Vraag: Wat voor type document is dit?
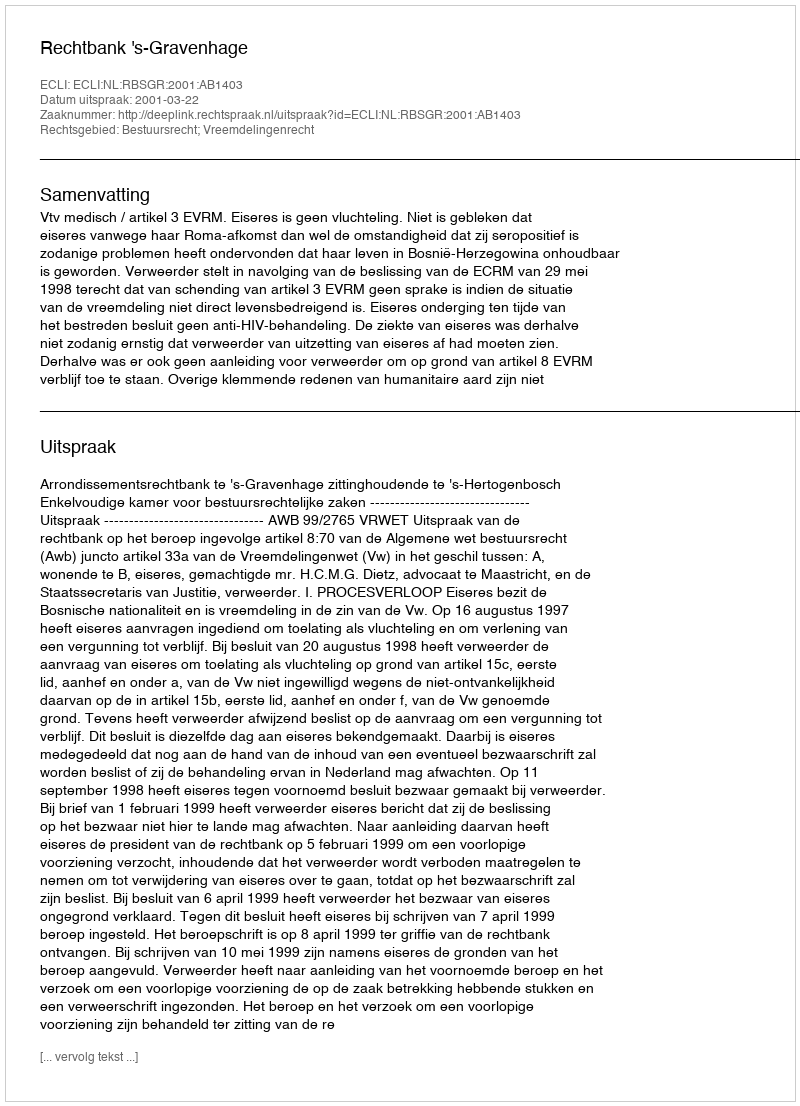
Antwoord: Uitspraak